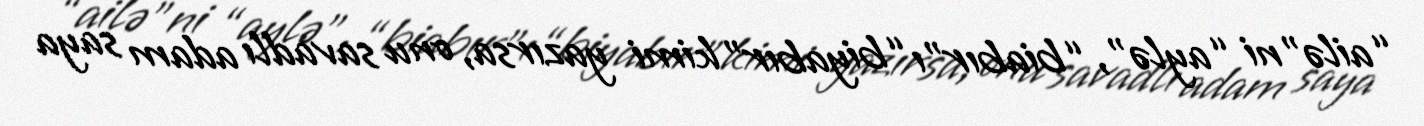
“ailə”ni “aylə”, “biabır”ı “biyabır” kimi yazırsa, onu savadlı adam saya